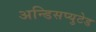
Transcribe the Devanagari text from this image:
अन्डिसप्युटेड